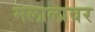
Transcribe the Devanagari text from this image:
मलालावर